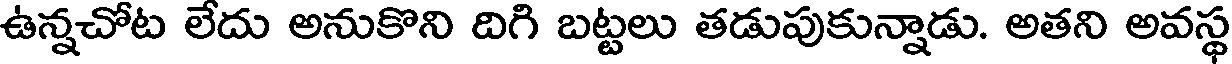
ఉన్నచోట లేదు అనుకొని దిగి బట్టలు తడుపుకున్నాడు. అతని అవస్థ